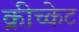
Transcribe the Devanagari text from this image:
क्रीच्केट